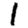
Digit: 1